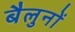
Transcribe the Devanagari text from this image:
बैलुनों